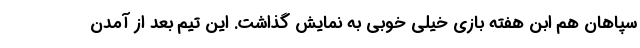
سپاهان هم ابن هفته بازی خیلی خوبی به نمایش گذاشت. این تیم بعد از آمدن